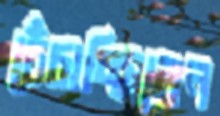
চেঁচাচ্ছিলেন